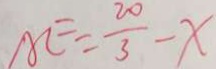
A E = \frac { 2 0 } { 3 } - x